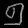
Digit: ၅